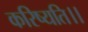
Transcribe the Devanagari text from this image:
करिष्यति।।